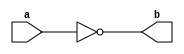
module NotGate(a,b) ;

output b ;
input a ;

nand(b,a,a) ;

endmodule 

module AndGate(a,b,c) ;

output c ;
input a,b ;
wire x ;

nand(x,a,b) ;
nand(c,x,x) ; 

endmodule 

module OrGate(a,b,c) ;

output c ;
input a,b ;
wire x,y ;

nand(x,a,a) ;
nand(y,b,b) ;
nand(c,x,y) ;

endmodule 

module Mux2x1(a,b,s,c) ;

output c ;
input a,b,s ;
wire x,y,z ;

NotGate NG_1(s,z );
AndGate AG_1(a,z,x) ;
AndGate AG_2(b,s,y) ;
OrGate OG_1(x,y,c) ;

endmodule 

module DLatch(d,c,q,q_) ;

output q,q_ ;
input d,c ;
wire c_,s,r,x,y ;

AndGate S(d,d,s) ;
NotGate R(d,r) ;
nand(x,c,s) ;
nand(y,c,r) ;
nand(q,q_,x) ;
nand(q_,q,y) ;

endmodule 

module DFlipFlopFE(d,c,q,q_) ;

output q,q_ ;
input d,c ;
wire c_,Q,Q_ ;

NotGate C_(c,c_) ;

DLatch D1(d,c,Q,Q_) ;
DLatch D2(Q,c_,q,q_) ;

endmodule 

module DFlipFlopFESReset(d,c,q,q_,re) ;

output q,q_ ;
input d,c,re ;
wire re_,d_ ;

NotGate Re(re,re_) ;
AndGate A(d,re_,d_) ;
DFlipFlopFE Df(d_,c,q,q_) ;

endmodule